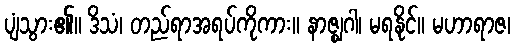
ပျံသွား၏။ ဒိသံ၊ တည်ရာအရပ်ကိုကား။ နာဇ္ဈဂါ၊ မရနိုင်။ မဟာရာဇ၊